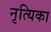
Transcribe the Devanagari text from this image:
नृत्यिका